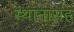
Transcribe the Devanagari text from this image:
स्थानासह